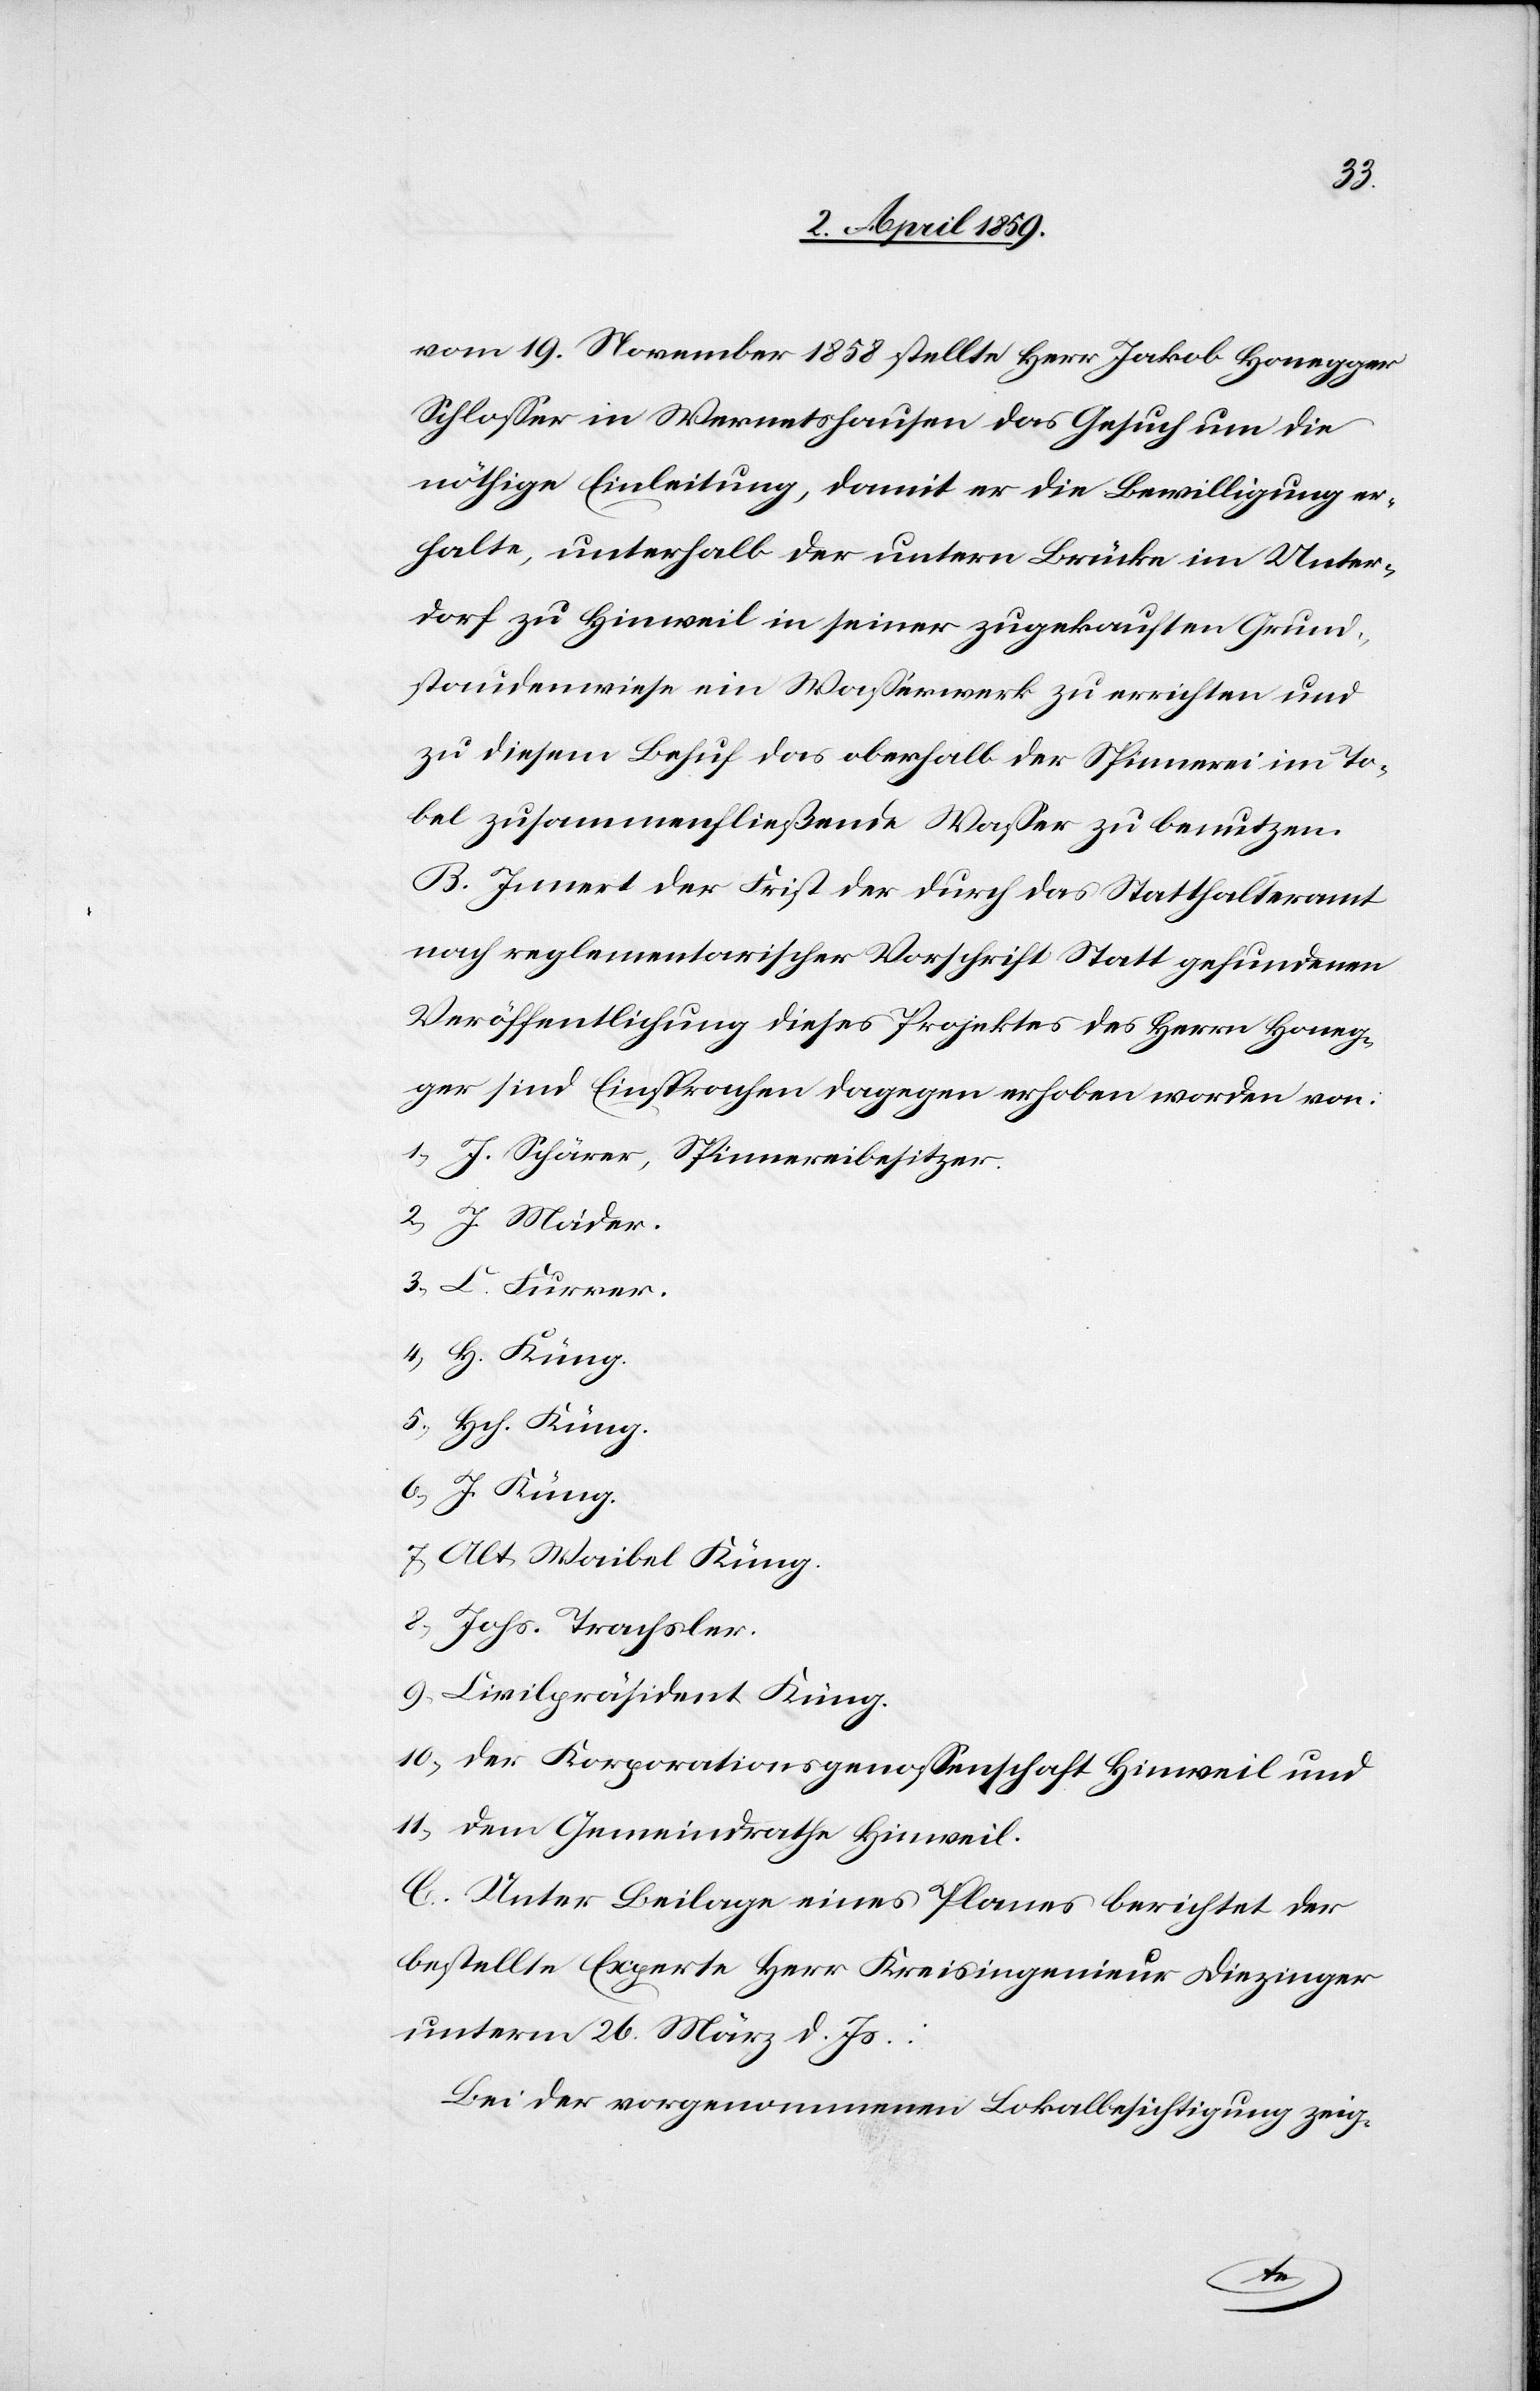
vom 19. November 1858 stellte Herr Jakob Honegger
Schloßer in Wernetshausen das Gesuch um die
nöthige Einleitung, damit er die Bewilligung er¬
halte, unterhalb der untern Brücke im Unter¬
dorf zu Hinweil in seiner zugekauften Grund¬
staudenwiese ein Waßerwerk zu errichten und
zu diesem Behuf das oberhalb der Spinnerei im To¬
bel zusammenfließende Waßer zu benutzen.
B. Innert der Frist der durch das Statthalteramt
nach reglementarischer Vorschrift Statt gefundenen
Veröffentlichung dieses Projektes des Herrn Honeg¬
ger sind Einsprachen dagegen erhoben worden von:
1) J. Schärer, Spinnereibesitzer.
2) J. Mäder.
3) L. Furrer.
4) H. Küng.
5) Hch. Küng.
6) J. Küng.
7) Alt Waibel Küng.
8) Johs. Trachsler.
9) Civilpräsident Küng.
10) der Korporationsgenoßenschaft Hinweil und
11) dem Gemeindrathe Hinweil.
C. Unter Beilage eines Planes berichtet der
bestellte Experte Herr Kreisingenieur Diezinger
unterm 26. März d. Js.:
Bei der vorgenommenen Lokalbesichtigung zeig-